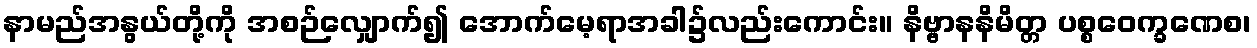
နာမည်အနွယ်တို့ကို အစဉ်လျှောက်၍ အောက်မေ့ရာအခါ၌လည်းကောင်း။ နိဗ္ဗာနနိမိတ္တ ပစ္စဝေက္ခဏေစ၊